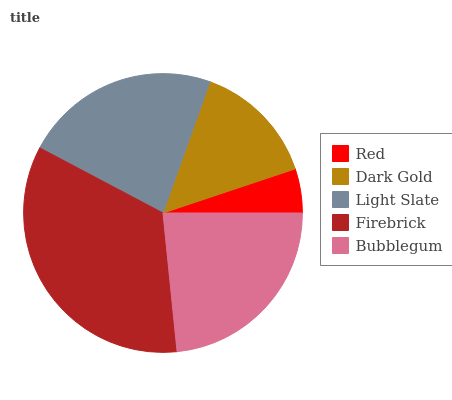
| Red | Dark Gold | Light Slate | Firebrick | Bubblegum |
 | --- | --- | --- | --- | --- |
 | 5.12% | 14.4% | 22.7% | 34.4% | 23.4% |